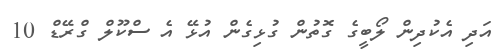
އަދި އެކުދިން ލޯބީގެ ގޮތުން ގުޅިގެން އުޅޭ އެ ސްކޫލް ގްރޭޑް 10